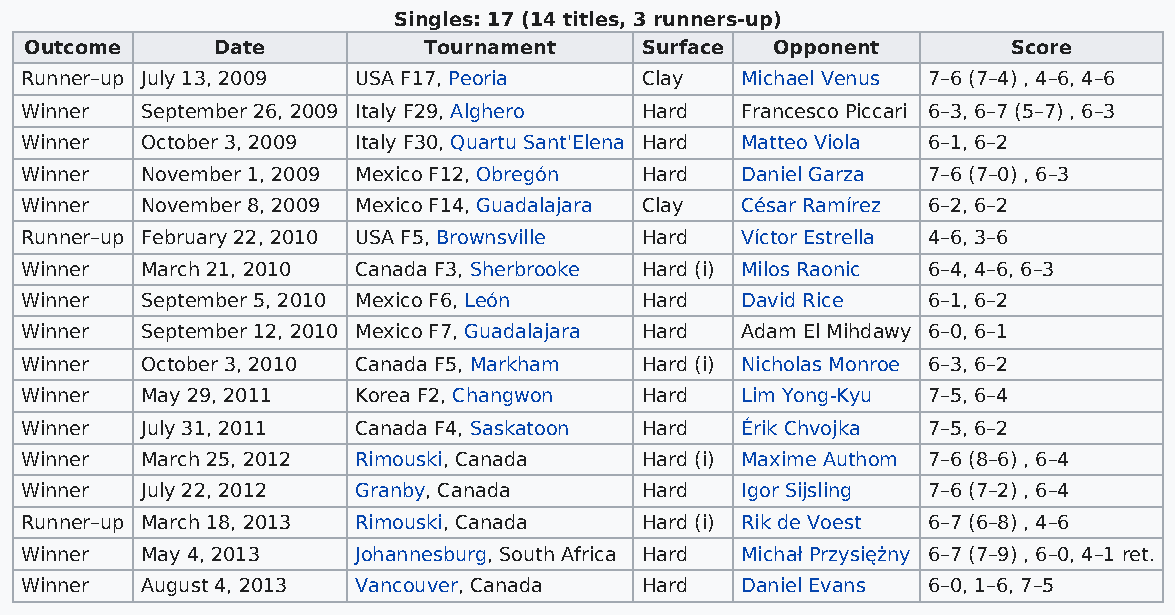
Singles: 17 (14 titles, 3 runners-up)
 Outcome     Date          Tournament    Surface  Opponent        Score
 Runner–up July 13, 2009 USA F17, Peoria  Clay   Michael Venus 7–6 (7–4) , 4–6, 4–6
 Winner  September 26, 2009 Italy F29, Alghero Hard Francesco Piccari 6–3, 6–7 (5–7) , 6–3
 Winner  October 3, 2009 Italy F30, Quartu Sant'Elena Hard Matteo Viola 6–1, 6–2
 Winner  November 1, 2009 Mexico F12, Obregón Hard Daniel Garza 7–6 (7–0) , 6–3
 Winner  November 8, 2009 Mexico F14, Guadalajara Clay César Ramírez 6–2, 6–2
 Runner–up February 22, 2010 USA F5, Brownsville Hard Víctor Estrella 4–6, 3–6
 Winner  March 21, 2010 Canada F3, Sherbrooke Hard (i) Milos Raonic 6–4, 4–6, 6–3
 Winner  September 5, 2010 Mexico F6, León Hard  David Rice  6–1, 6–2
 Winner  September 12, 2010 Mexico F7, Guadalajara Hard Adam El Mihdawy 6–0, 6–1
 Winner  October 3, 2010 Canada F5, Markham Hard (i) Nicholas Monroe 6–3, 6–2
 Winner  May 29, 2011   Korea F2, Changwon Hard  Lim Yong-Kyu 7–5, 6–4
 Winner  July 31, 2011  Canada F4, Saskatoon Hard Érik Chvojka 7–5, 6–2
 Winner  March 25, 2012 Rimouski, Canada  Hard (i) Maxime Authom 7–6 (8–6) , 6–4
 Winner  July 22, 2012  Granby, Canada    Hard   Igor Sijsling 7–6 (7–2) , 6–4
 Runner–up March 18, 2013 Rimouski, Canada Hard (i) Rik de Voest 6–7 (6–8) , 4–6
 Winner  May 4, 2013    Johannesburg, South Africa Hard Michał Przysiężny 6–7 (7–9) , 6–0, 4–1 ret.
 Winner  August 4, 2013 Vancouver, Canada Hard   Daniel Evans 6–0, 1–6, 7–5